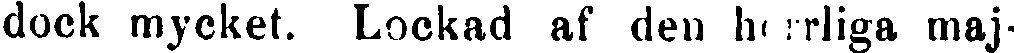
dock mycket. Lockad af den herrliga maj-